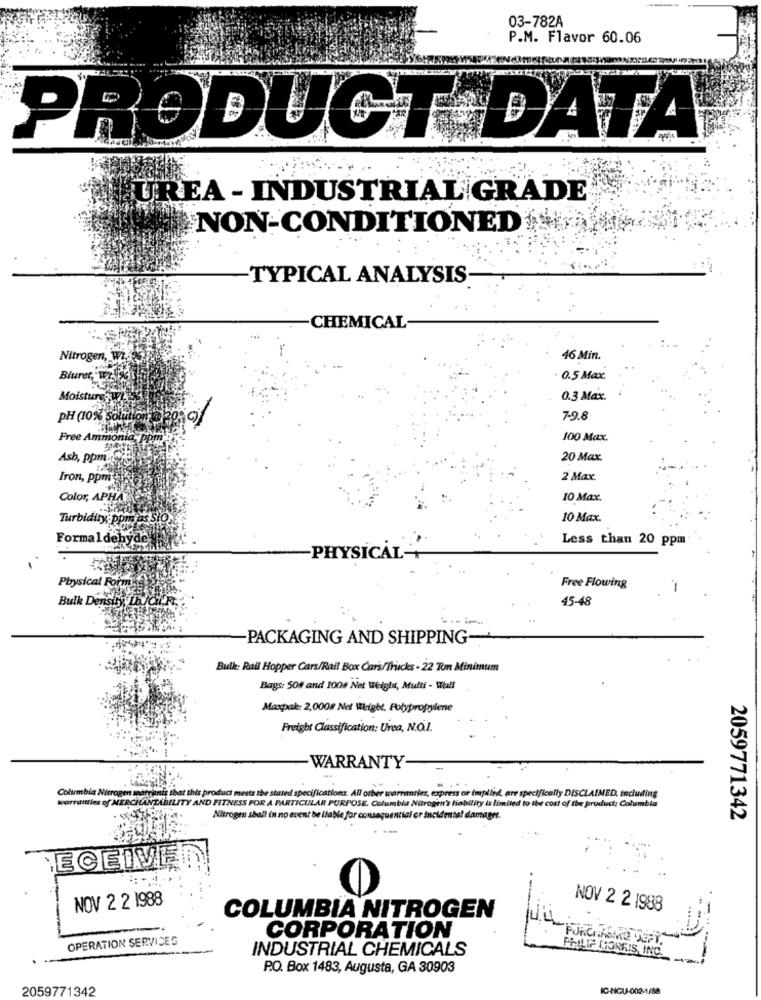
03-782A
P.M. Flavor 60.06
PRODUCT DATA
LUREA - INDUSTRIAL GRADE
NON-CONDITIONED
TYPICAL ANALYSIS
CHEMICAL
Nitrogen, Wi.
46 Min.
Blur
· 0.5 Max.
0.3 Max.
PH (10% Solut
7-9.8
Free Ammo
100 Max.
Asb, ppm: Cht
20 Max.
Iron, ppm
2 Max.
Color, APHAS
10 Max.
Turbidity: pomi as Sto
10 Max.
Formaldehyde
Less than 20 ppm
PHYSICAL-
Physical Formas
Free Flowing
Bulk Density, Db /Cit'F
45-48
-PACKAGING AND SHIPPING-
Bulk: Rail Hopper Cars/Rail Box Car's/Thicks - 22 Ton Minimum
Bags: 508 and 1008 Net Weight, Multi - Wall
Maxpak: 2,000# Net Weight, Polypropylene
Freight Classification: Urea, N.O.I.
WARRANTY-
Columbia Nitrogen marianis that this product meets the stated specifications. All orber warranties, express or implied, are specifically DISCLAIMED, including
warranties of MERCHANTABILITY AND FITNESS FOR A PARTICULAR PURPOSE. Columbia Nitrogen's liability is limited to the cost of the product; Columbia
Nitrogen sball in no event be l
al or incidental damages.
2059771342
ECEIVER
NOV 2 2 1988
NOV 2 2 1988
COLUMBIA NITROGEN
OPERATION SERVICES
CORPORATION
WILL TO MONO VEFT.
INDUSTRIAL CHEMICALS
PHILIP MORRIS, INC.
--
P.O. Box 1483, Augusta, GA 30903
2059771342
IC-HOU-002-1/88